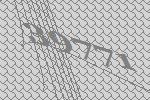
39771